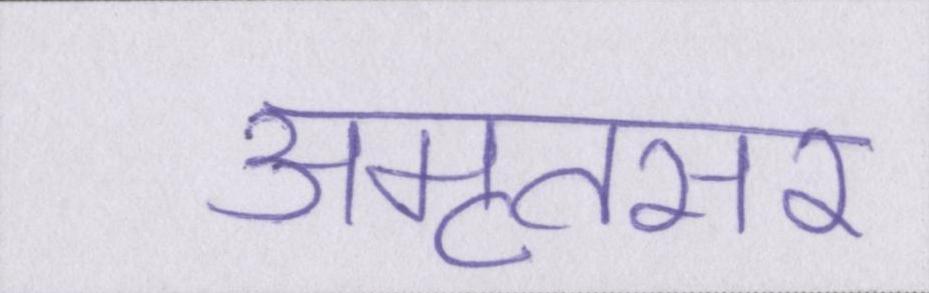
अमृतसर